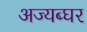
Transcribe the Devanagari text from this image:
अज्यब्घर